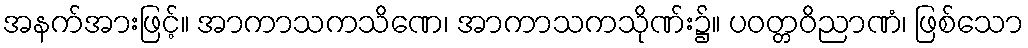
အနက်အားဖြင့်။ အာကာသကသိဏေ၊ အာကာသကသိုဏ်း၌။ ပဝတ္တဝိညာဏံ၊ ဖြစ်သော